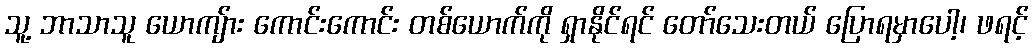
သူ့ ဘာသာသူ ယောကျ်ား ကောင်းကောင်း တစ်ယောက်ကို ရှာနိုင်ရင် တော်သေးတယ် ပြောရမှာပေါ့၊ ဖရင့်